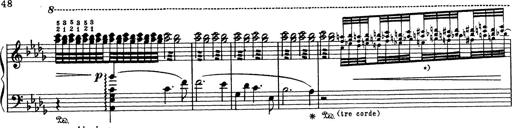
Title: Grosses Konzertsolo
Composer: Franz Liszt